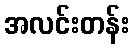
အလင်းတန်း